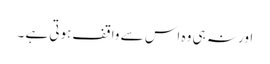
اور نہ ہی وہ اس سے واقف ہوتی ہے ۔